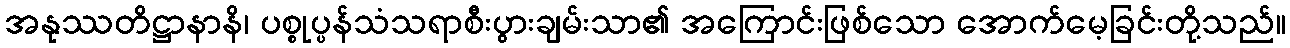
အနုဿတိဋ္ဌာနာနိ၊ ပစ္စုပ္ပန်သံသရာစီးပွားချမ်းသာ၏ အကြောင်းဖြစ်သော အောက်မေ့ခြင်းတို့သည်။